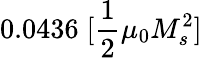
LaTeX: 0.0436\; [\frac{1}{2}\mu_{0}M_{s}^{2}]